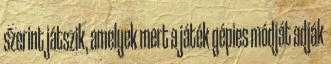
szerint játszik, amelyek mert a játék gépies módját adják